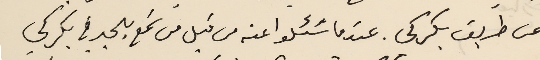
عن طريق بكركي. عندما سَئلوا عنه من قبل من سَمع بالحبر في بكركي